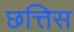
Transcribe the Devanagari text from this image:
छत्तिस